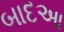
બાદઆ